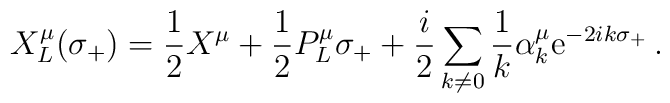
X^{\mu}_{L}(\sigma_{+})=         \frac{1}{2}X^{\mu} + \frac{1}{2}P^{\mu}_{L}\sigma_{+} +         \frac{i}{2}\sum_{k\neq 0}\frac{1}{k}\alpha^{\mu}_{k}         \mbox{e}^{-2ik\sigma_{+}} \,.